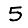
Digit: 5